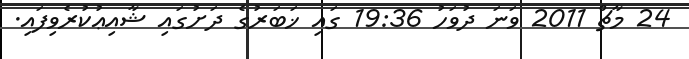
24 މާޗް 2011 ވަނަ ދުވަހު 19:36 ގައި ޚަބަރުގެ ދަށުގައި ޝާއިޢުކުރެވިފައި.